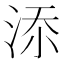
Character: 𣵚